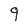
Character: q